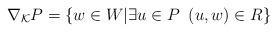
LaTeX: \begin{align*}\nabla_{\mathcal{K}} P=\{w \in W | \exists u \in P \; \; (u, w) \in R\}\end{align*}